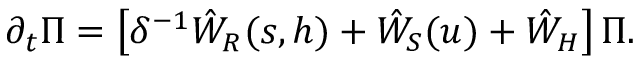
\partial _ { t } \Pi = \left[ \delta ^ { - 1 } \hat { W } _ { R } ( s , h ) + \hat { W } _ { S } ( u ) + \hat { W } _ { H } \right] \Pi .